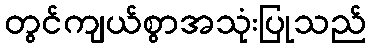
တွင်ကျယ်စွာအသုံးပြုသည်